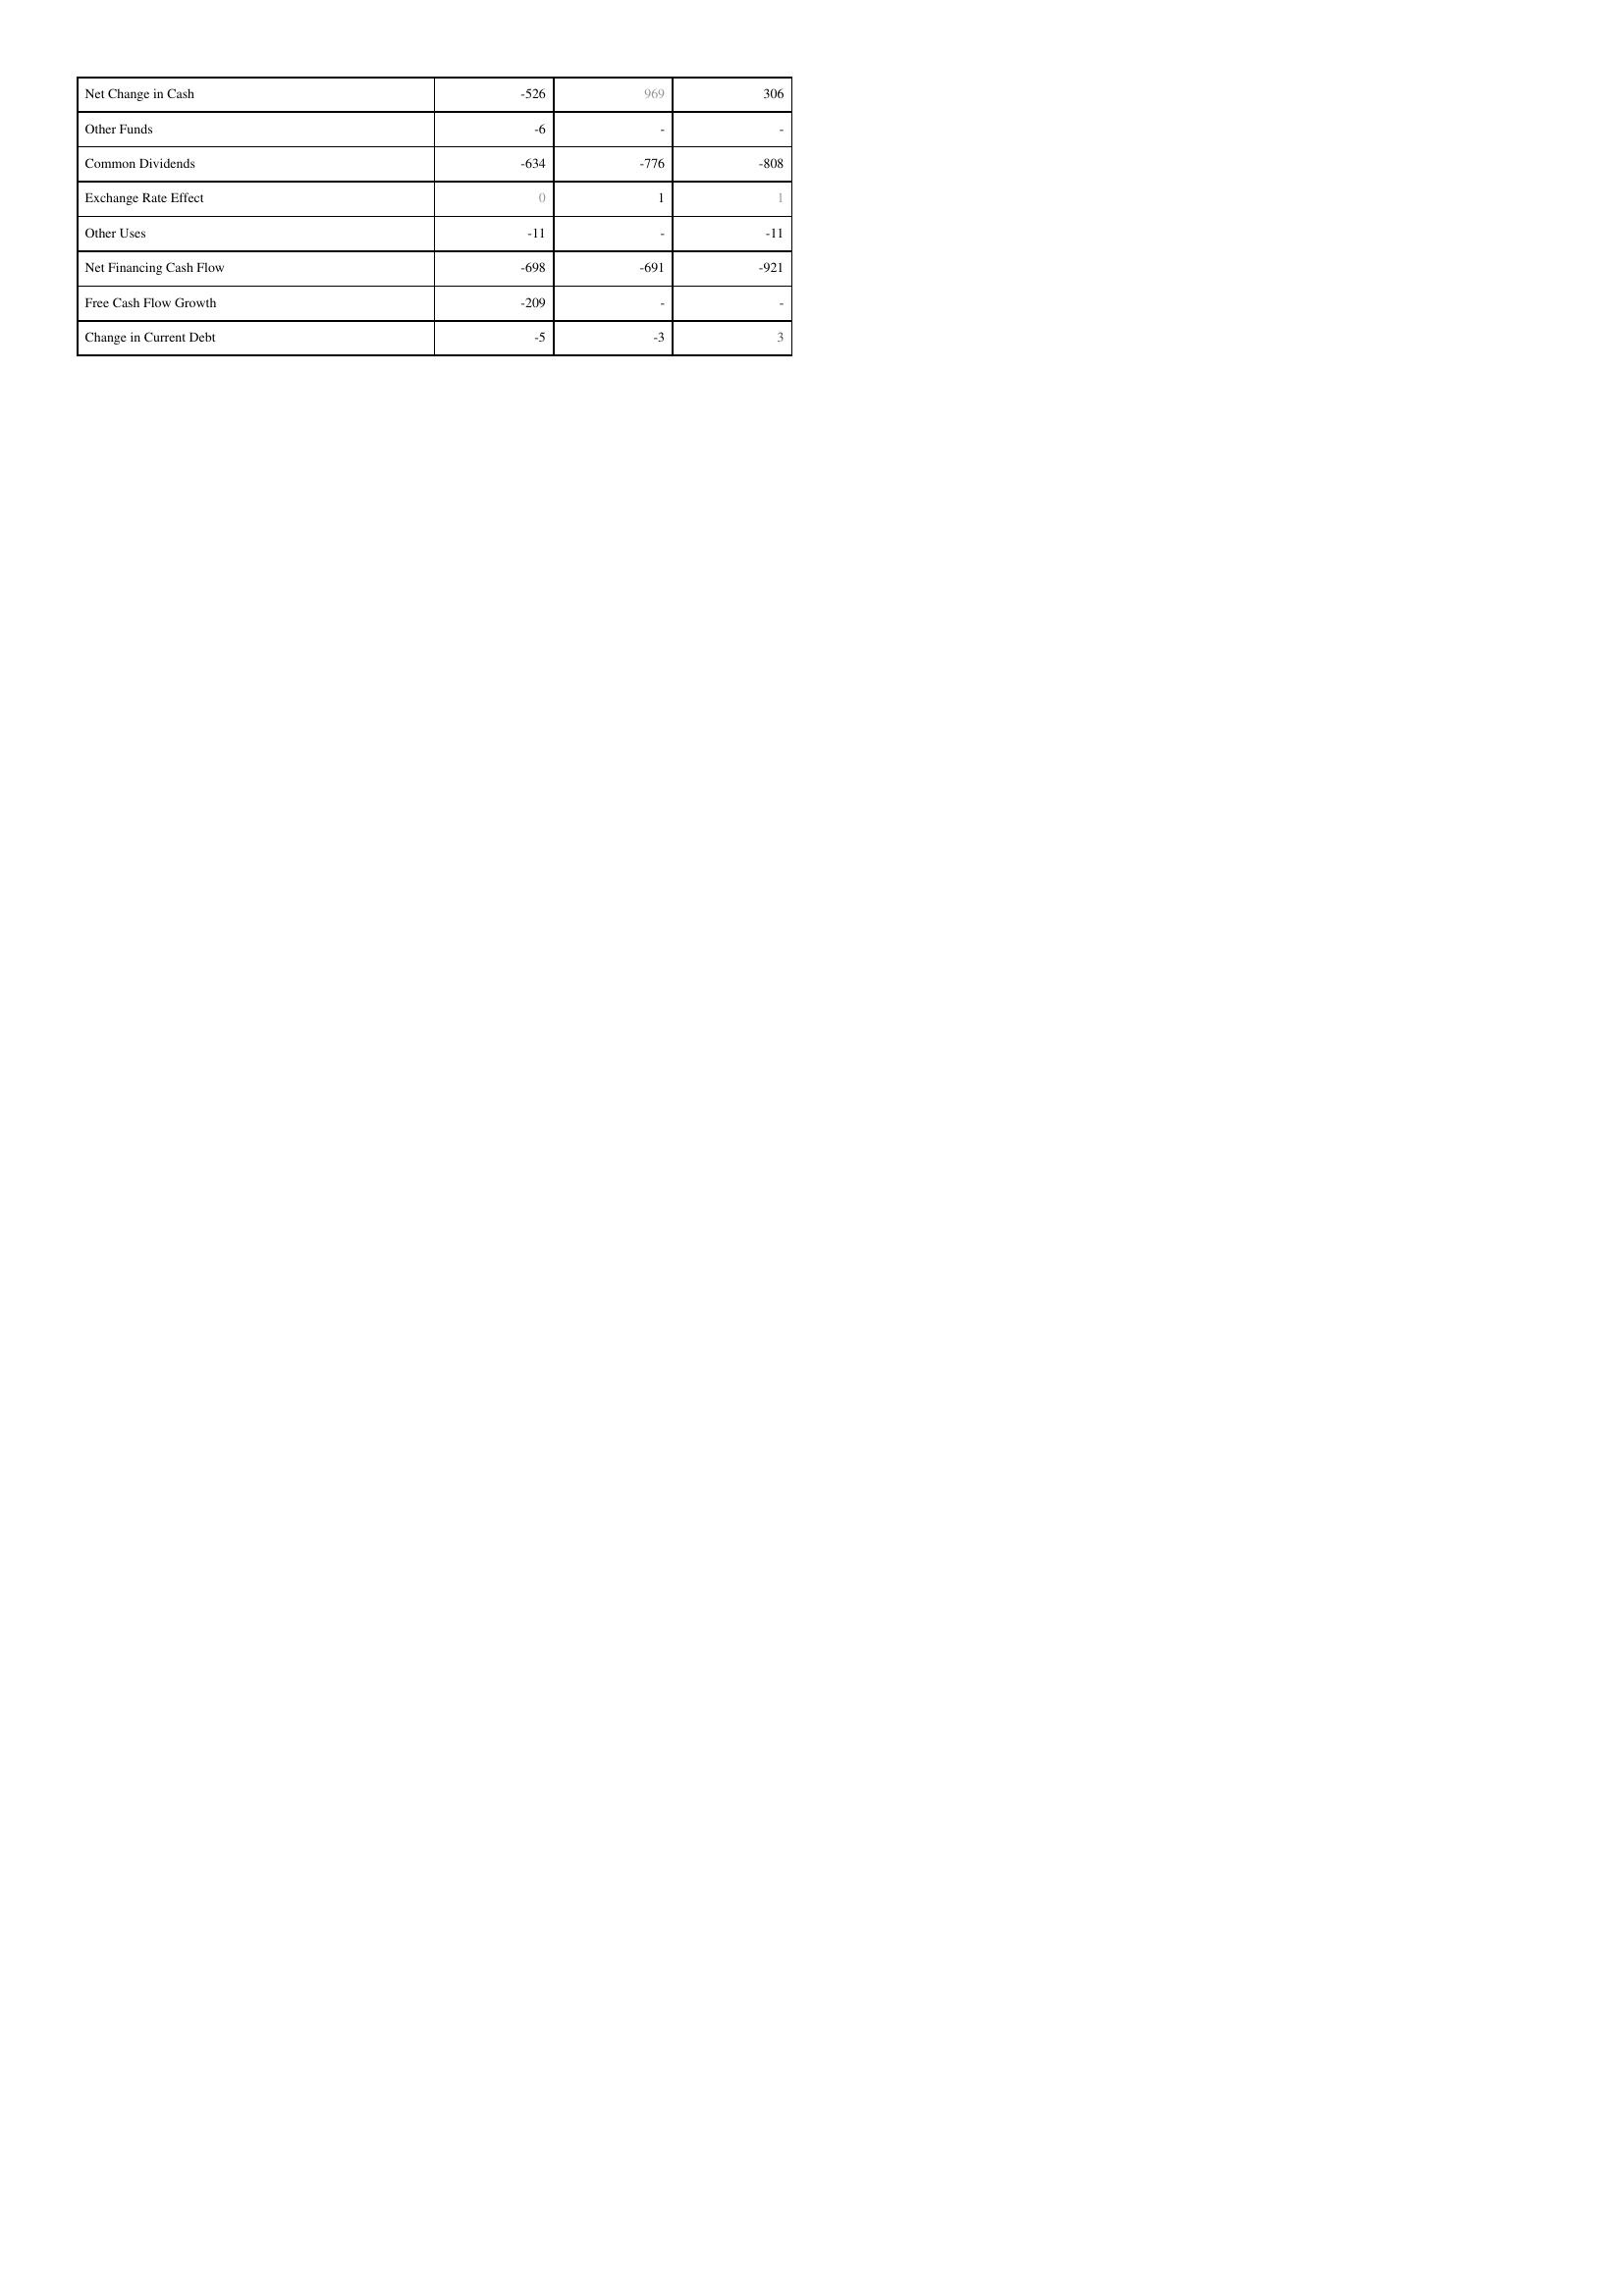
2019: Financing Activities: Net Change in Cash: -526
Other Funds: -6
Common Dividends: -634
Exchange Rate Effect: 0
Other Uses: -11
Net Financing Cash Flow: -698
Free Cash Flow Growth: -209
Change in Current Debt: -5
2018: Financing Activities: Net Change in Cash: 969
Other Funds: -
Common Dividends: -776
Exchange Rate Effect: 1
Other Uses: -
Net Financing Cash Flow: -691
Free Cash Flow Growth: -
Change in Current Debt: -3
2017: Financing Activities: Net Change in Cash: 306
Other Funds: -
Common Dividends: -808
Exchange Rate Effect: 1
Other Uses: -11
Net Financing Cash Flow: -921
Free Cash Flow Growth: -
Change in Current Debt: 3